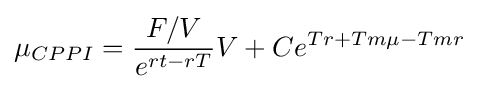
\mu _{CPPI}={\frac {F/V}{e^{rt-rT}}}V+Ce^{Tr+Tm\mu -Tmr}